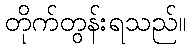
တိုက်တွန်းရသည်။